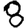
Digit: 8